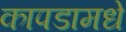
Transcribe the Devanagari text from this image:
कापडामधे